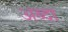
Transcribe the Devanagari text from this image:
अब्दा